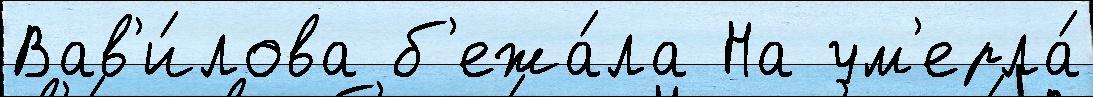
Вав'и́лова б'ежа́ла На ум'ерла́